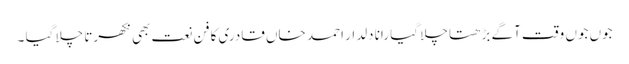
جوں جوں وقت آگے بڑھتا چلا گیا رانا دلدار احمد خاں قادری کا فن نعت بھی نکھرتا چلا گیا ۔